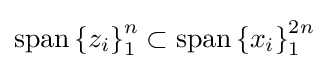
{\textstyle \operatorname {span} \left\{z_{i}\right\}_{1}^{n}\subset \operatorname {span} \left\{x_{i}\right\}_{1}^{2n}}